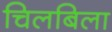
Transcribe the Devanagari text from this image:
चिलबिला